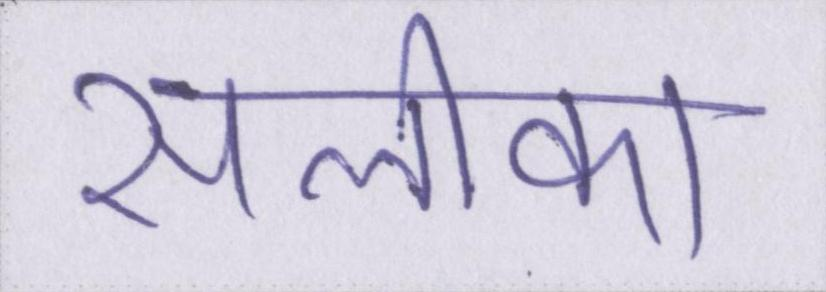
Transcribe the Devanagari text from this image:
सलीका